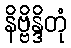
နိဗ္ဗိန္ဒိတုံ